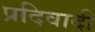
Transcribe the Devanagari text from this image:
प्रदिवादी